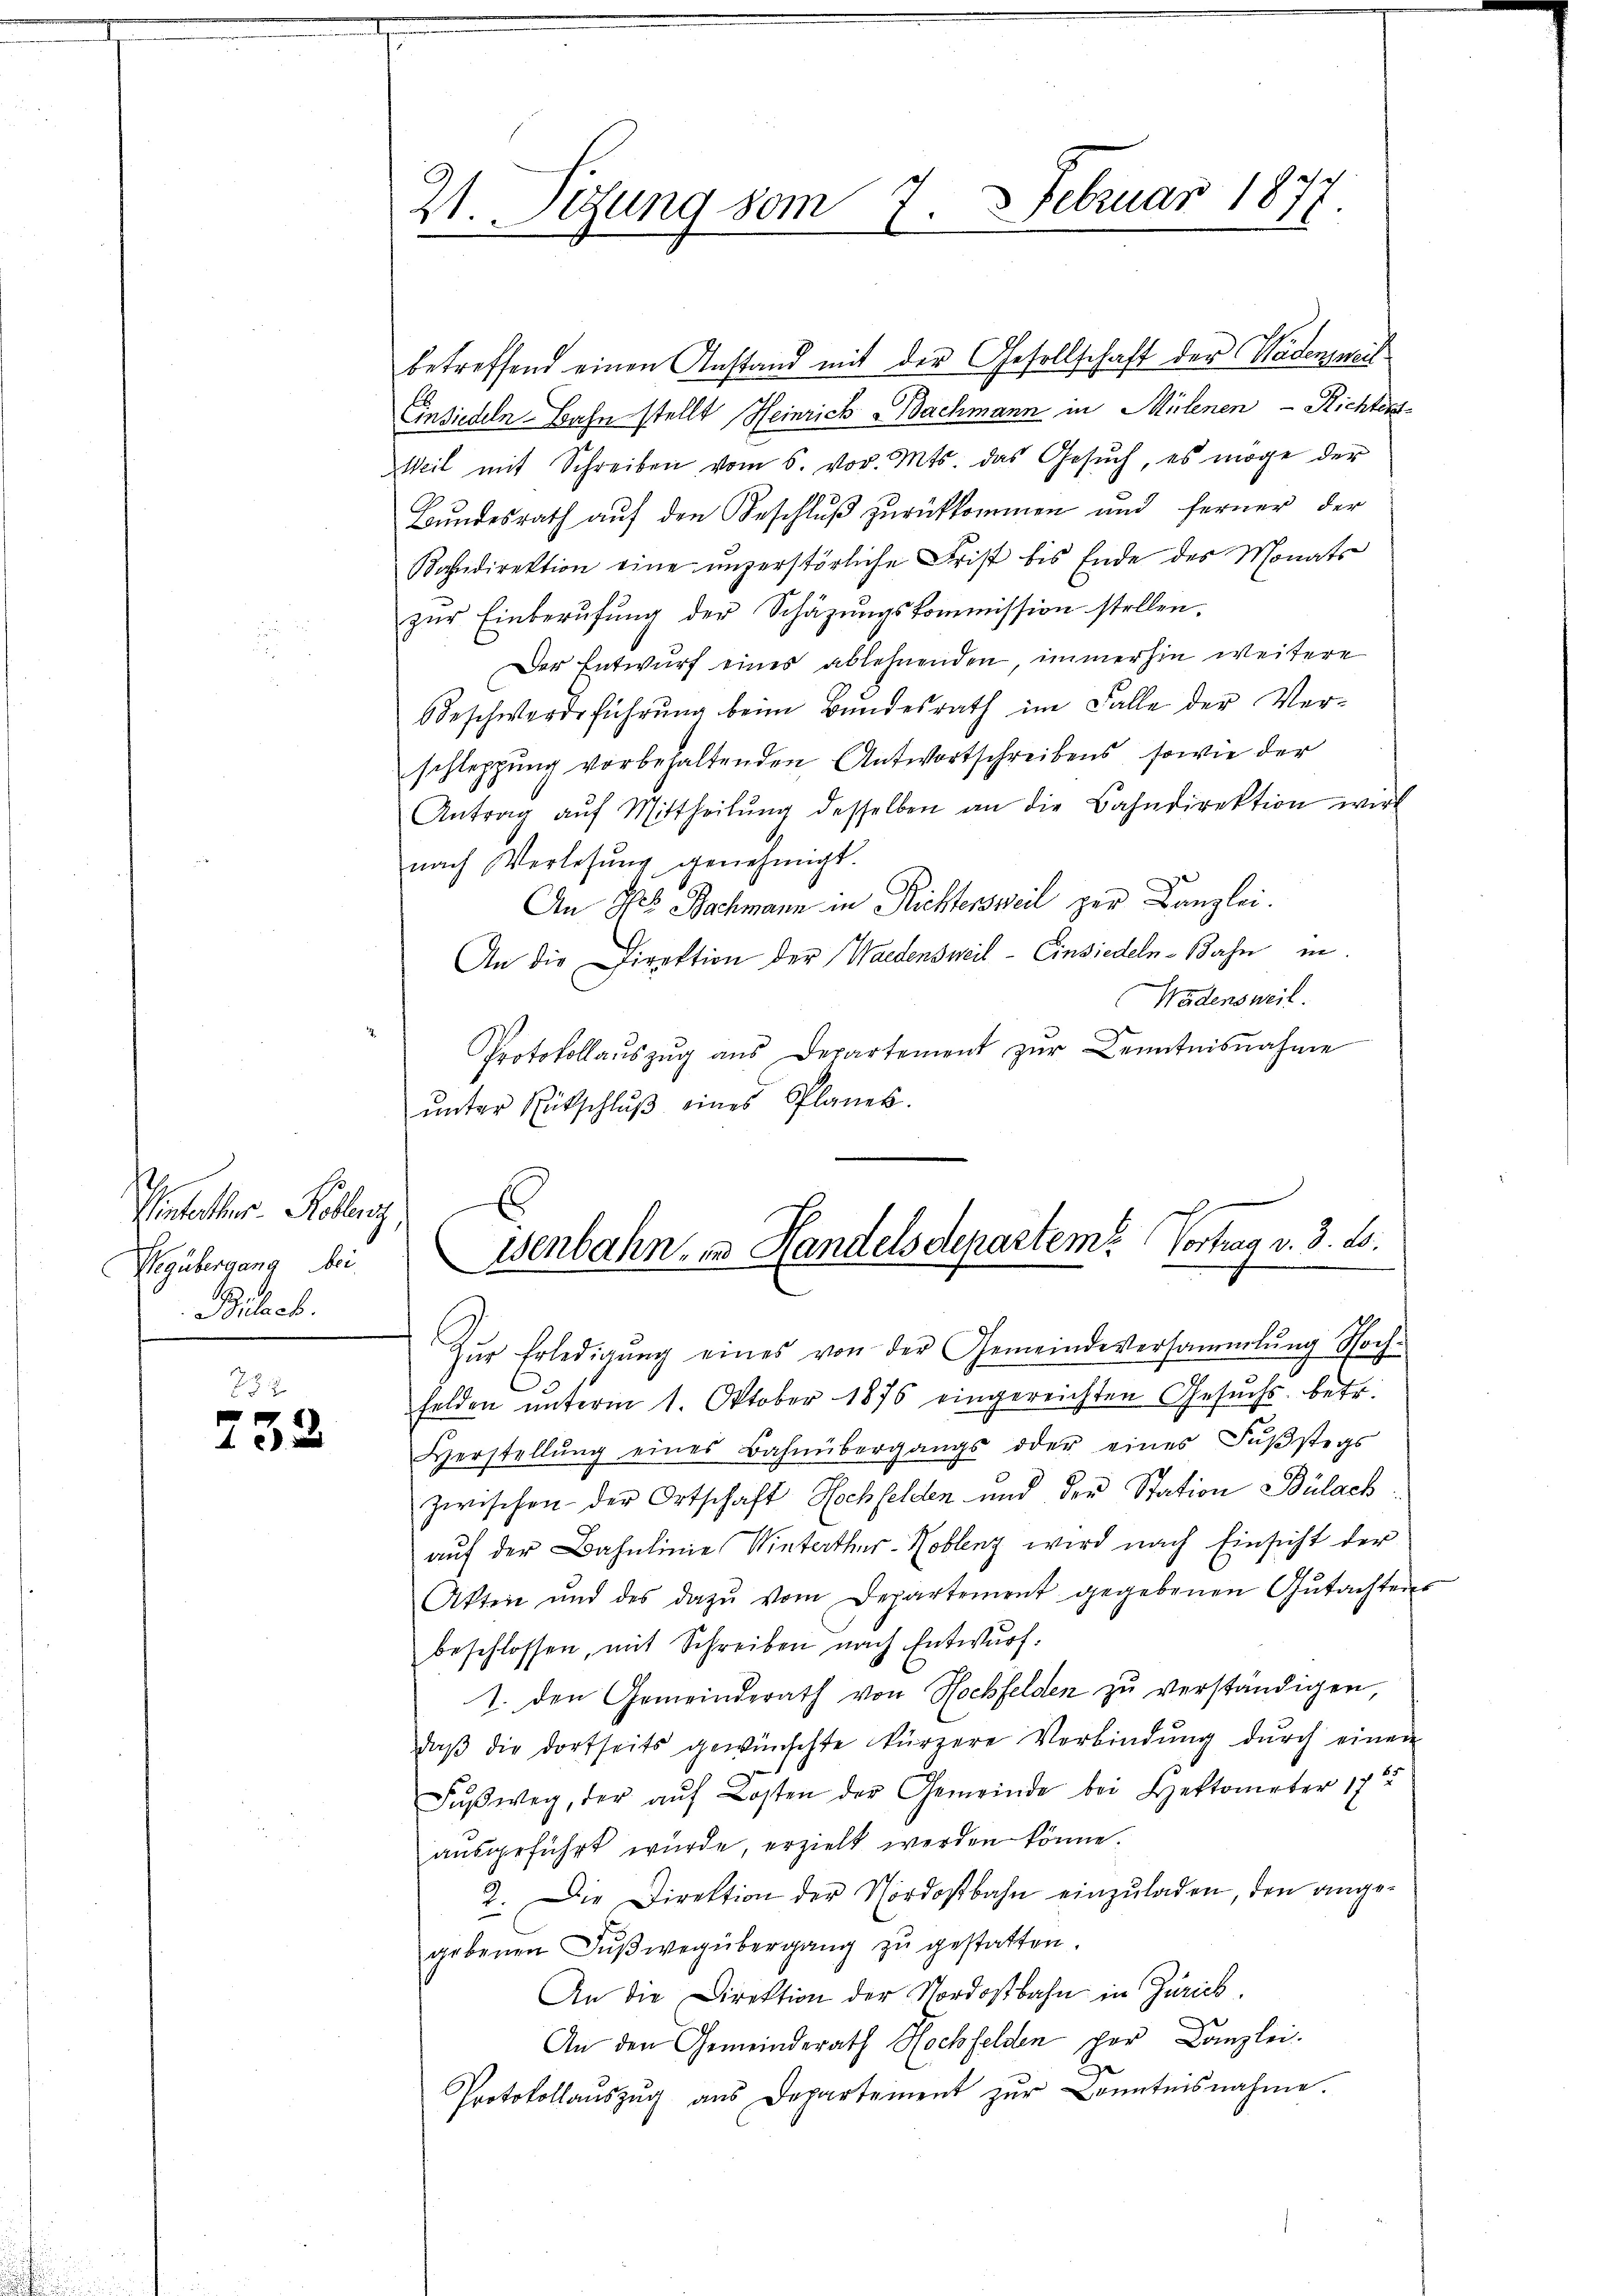
Theater Kollenz,
Vegübergang bei
Bilach.

252
733

21. Segung vom 7. Februar 1877.

betreffend einen Anstand mit der Gesellschaft der Wädensweis
Einsiedeln. Bahn stellt Heinrich Bachmann in Mülenen - Richten
Weil mit Schreiben vom 5. vor. Mts. das Gesŭch, es möge der
Bundesrath auf den Beschluß zurückkommen und ferner der
Kahndirektion eine unzerstörliche Frist bis Ende des Monats
zŭr Einberŭfŭng der Schäzŭngskommission stellen.
Der Entwurf eines ablehnenden, immerhin weitere
Beschwerdeführung beim Bundesrath im Falle der Verschleppung vorbehaltenden Antwortschreibens, sowie der
Antrag aŭf Mittheilŭng desselben an die Bahndirektion wirk
nach Verlesung genehmigt.
An Hs. Bachmann in Richtersweil zur Kanzlei.
An die Direktion der Waldensweil - Einsiedeln-Bahn in
Wadensweil.
Protokollaŭszŭg aŭs Departement zŭr Kenntnisnahme
ŭnter Rükschlŭβ eines Planes.
Wenbahn, in Handelsdepartem Vortrag v. 3. 2.
Zŭr Erledigŭng eines von der Gemeindeversammlung Hoch-
Felden unterm 1. Oktober 1876 eingereichten Gesuchs, betr.
Herstellŭng eines Bahnübergangs oder eines Fŭβstegs
zwischen der Ortschaft Hochfelden und der Station Bülach
auf der Bahnlinie Winterthur–Koblenz wird nach Einsicht der
Akten und des dazŭ vom Departement gegebenen Gŭtachten
beschlossen, mit Schreiben nach Entwurf:
1. den Gemeinderath von Hochfelden zu verständigen,
daβ die dortseits gewünschte kürzere Verbindŭng dŭrch einen
Füβweg, der aŭf Kosten der Gemeinde bei Hektometer 1782
ausgeführt wurde, erzielt werden könne
2. Die Direktion der Nordostbahn einzŭladen, den angegebenen Fußweg übergang zu gestatten
An die Direktion der Nordostbahn in Zürich.
An den Gemeinderath Hochfelden per Canzlei.
Protokollaŭszŭg aŭs Departement zŭr Kenntnisnahme.